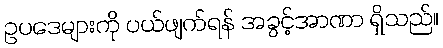
ဥပဒေများကို ပယ်ဖျက်ရန် အခွင့်အာဏာ ရှိသည်။